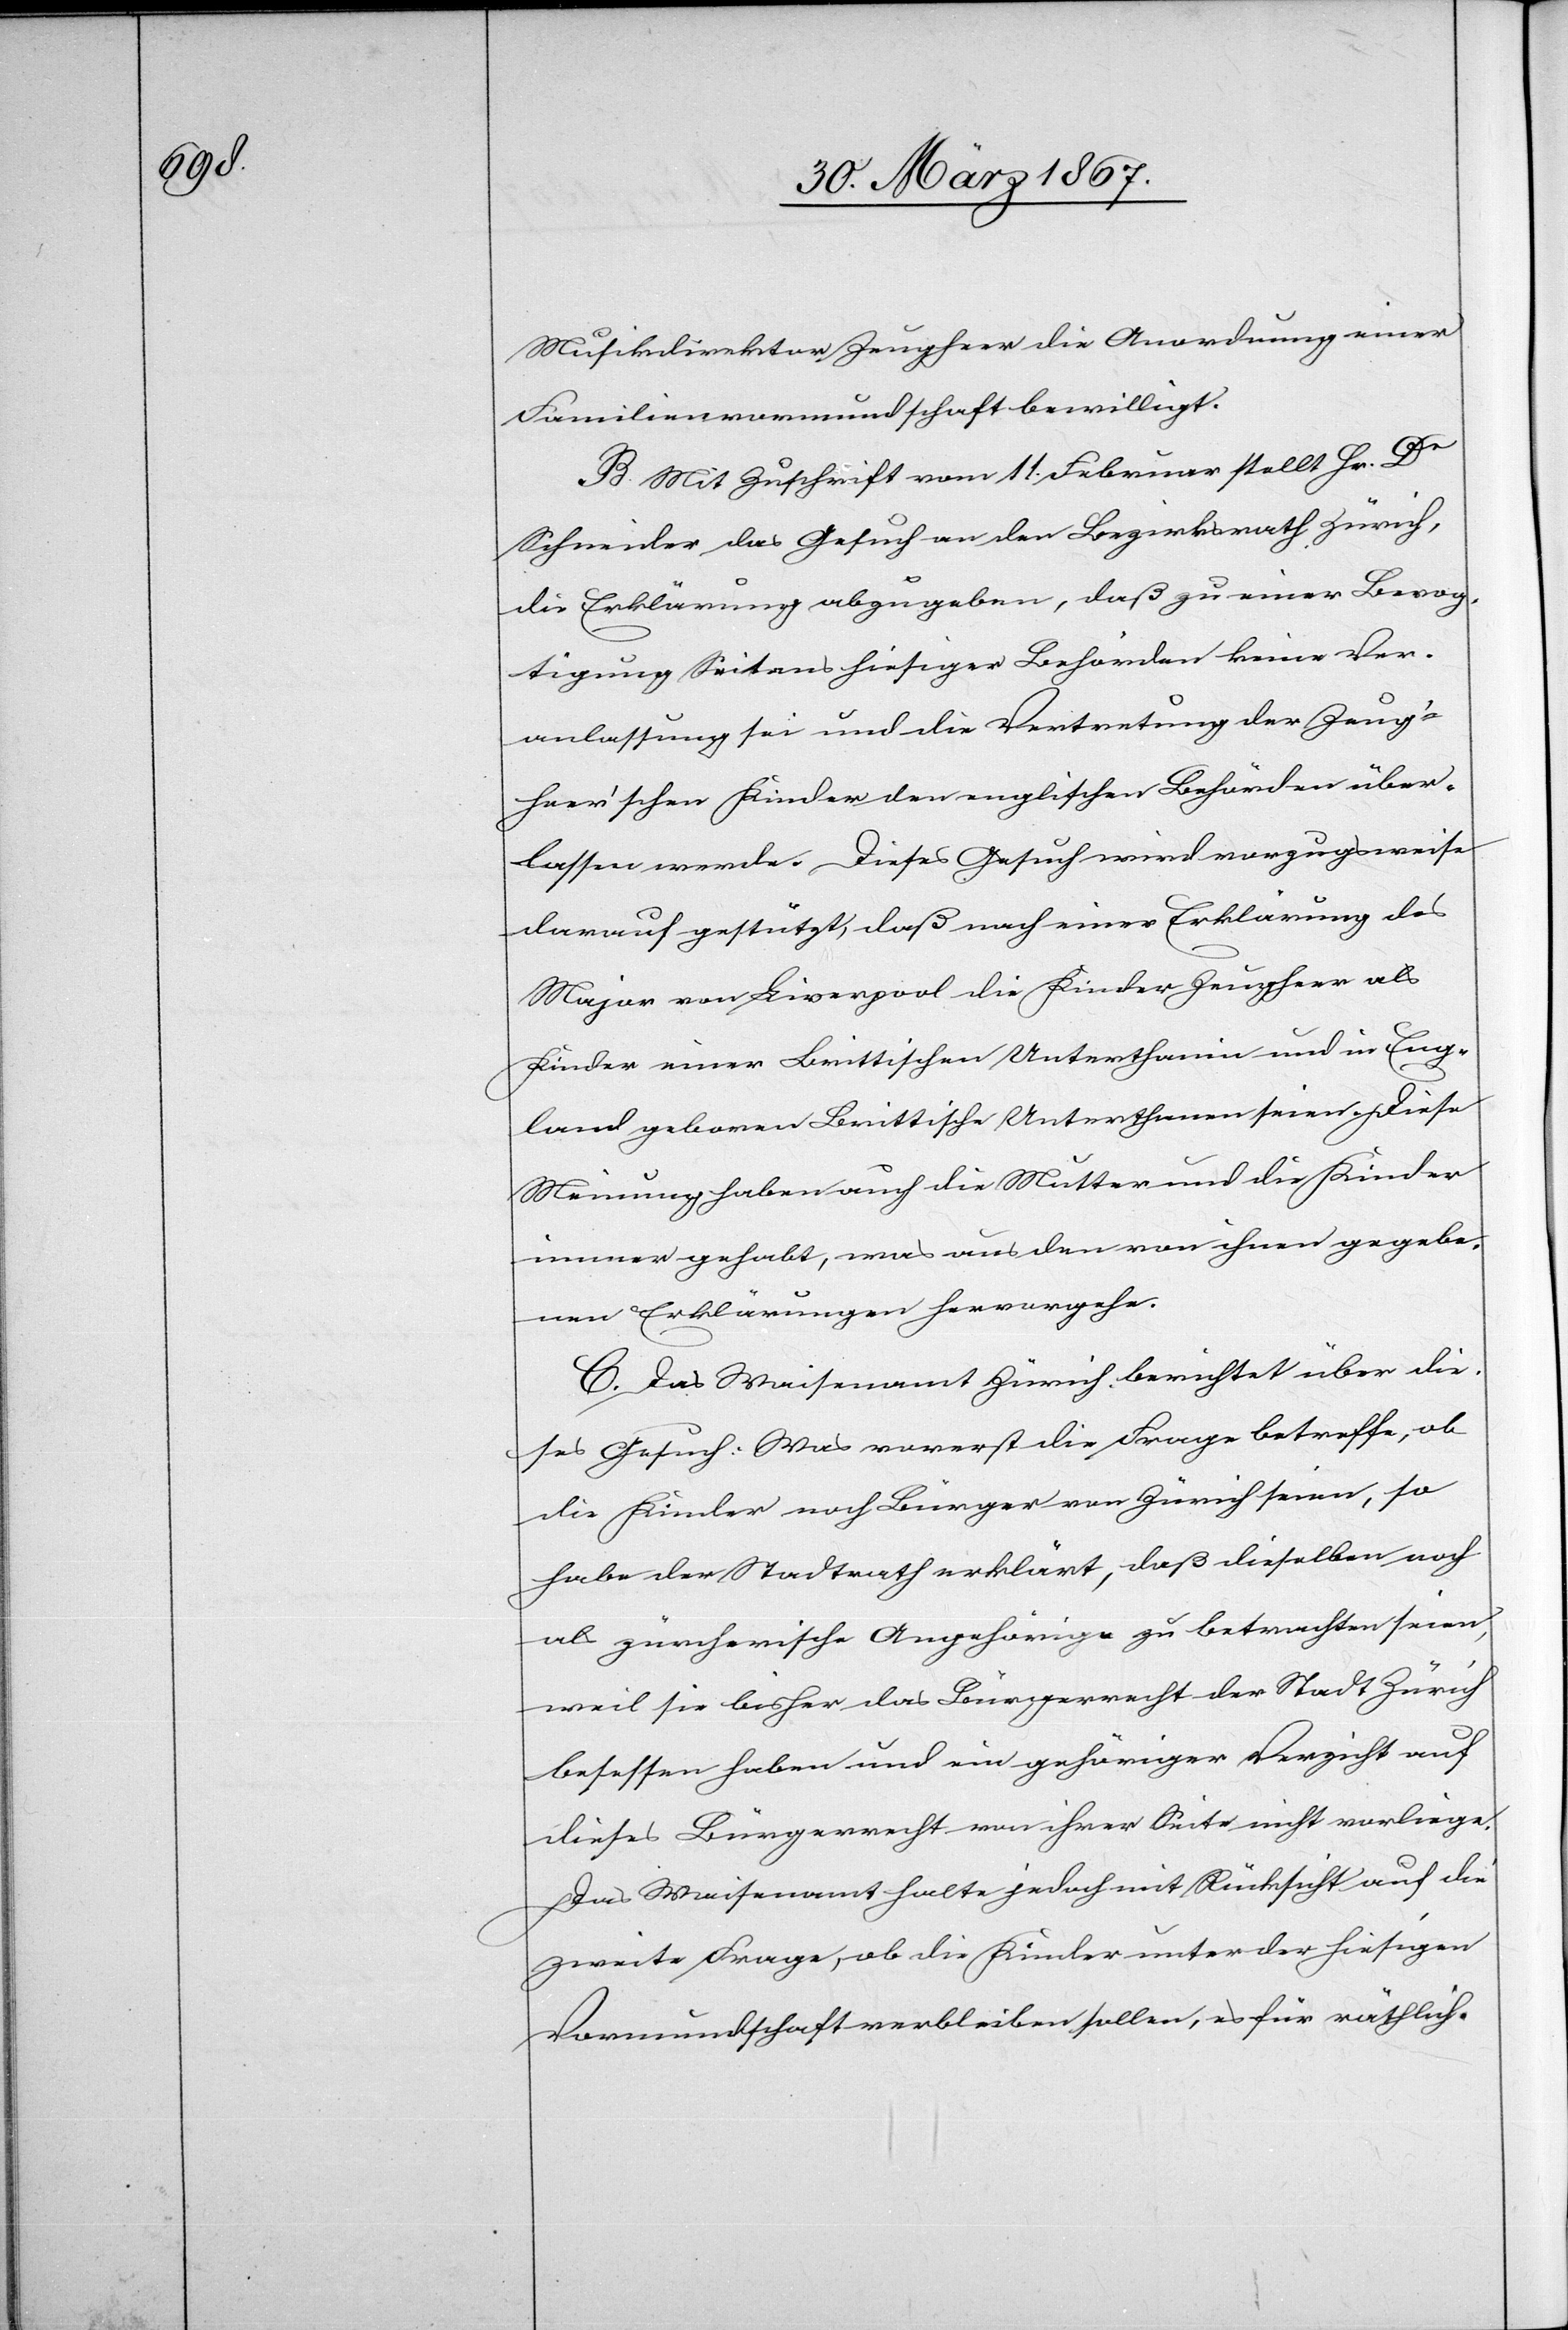
Musikdirektor Zeugheer die Anordnung einer
Familienvormundschaft bewilligt.
B. Mit Zuschrift vom 11. Februar stellt Hr. Dr
Schneider das Gesuch an den Bezirksrath Zürich,
die Erklärung abzugeben, daß zu einer Bevog¬
tigung Seitens hiesiger Behörden keine Ver¬
anlassung sei und die Vertretung der Zeug¬
heer’schen Kinder den englischen Behörden über¬
lassen werde. Dieses Gesuch wird vorzugsweise
darauf gestützt, daß nach einer Erklärung des
Major von Liverpool die Kinder Zeugheer als
Kinder einer Brittischen Unterthanin und in Eng¬
land geboren Brittische Unterthanen seien. Diese
Meinung haben auch die Mutter und die Kinder
immer gehabt, was aus den von ihnen gegebe¬
nen Erklärungen hervorgehe.
C. Das Waisenamt Zürich berichtet über die¬
ses Gesuch: Was vorerst die Frage betreffe, ob
die Kinder noch Bürger von Zürich seien, so
habe der Stadtrath erklärt, daß dieselben noch
als zürcherische Angehörige zu betrachten seien,
weil sie bisher das Bürgerrecht der Stadt Zürich
besessen haben und ein gehöriger Verzicht auf
dieses Bürgerrecht von ihrer Seite nicht vorliege.
Das Waisenamt halte jedoch mit Rücksicht auf die
zweite Frage, ob die Kinder unter der hiesigen
Vormundschaft verbleiben sollen, es für räthlich,